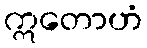
ဣတောဟံ